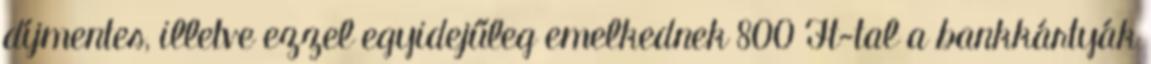
díjmentes, illetve ezzel egyidejűleg emelkednek 800 Ft-tal a bankkártyák